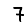
Digit: 7